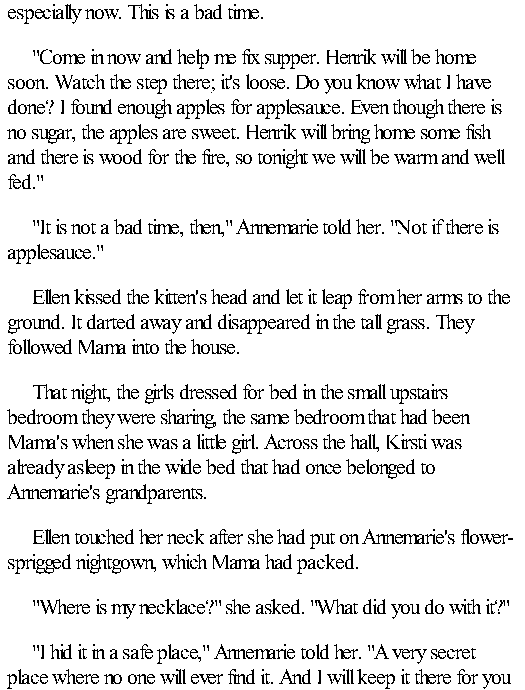
especially now. This is a bad time.
 "Come in now and help me fix supper. Henrik will be home
 soon. Watch the step there; it's loose. Do you know what I have
 done? I found enough apples for applesauce. Even though there is
 no sugar, the apples are sweet. Henrik will bring home some fish
 and there is wood for the fire, so tonight we will be warm and well
 fed."
 "It is not a bad time, then," Annemarie told her. "Not if there is
 applesauce."
 Ellen kissed the kitten's head and let it leap from her arms to the
 ground. It darted away and disappeared in the tall grass. They
 followed Mama into the house.
 That night, the girls dressed for bed in the small upstairs
 bedroom they were sharing, the same bedroom that had been
 Mama's when she was a little girl. Across the hall, Kirsti was
 already asleep in the wide bed that had once belonged to
 Annemarie's grandparents.
 Ellen touched her neck after she had put on Annemarie's flower-
 sprigged nightgown, which Mama had packed.
 "Where is my necklace?" she asked. "What did you do with it?"
 "I hid it in a safe place," Annemarie told her. "A very secret
 place where no one will ever find it. And I will keep it there for you